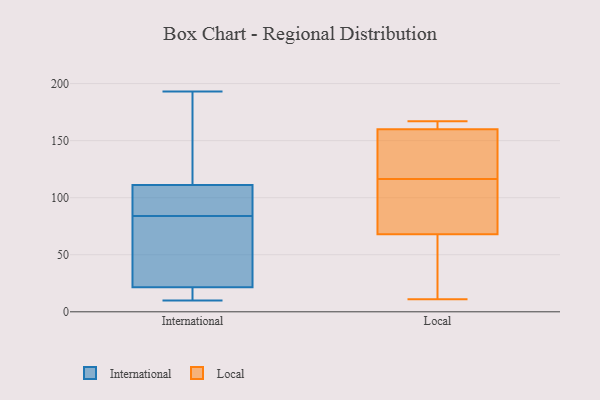
{"axis": {"x": "Page Views", "y": "Value"}, "legend": ["International", "Local"], "data": [{"x": "", "y": 85, "type": "International"}, {"x": "", "y": 23, "type": "International"}, {"x": "", "y": 81, "type": "International"}, {"x": "", "y": 10, "type": "International"}, {"x": "", "y": 21, "type": "International"}, {"x": "", "y": 117, "type": "International"}, {"x": "", "y": 84, "type": "International"}, {"x": "", "y": 94, "type": "International"}, {"x": "", "y": 158, "type": "International"}, {"x": "", "y": 14, "type": "International"}, {"x": "", "y": 193, "type": "International"}, {"x": "", "y": 114, "type": "Local"}, {"x": "", "y": 47, "type": "Local"}, {"x": "", "y": 161, "type": "Local"}, {"x": "", "y": 11, "type": "Local"}, {"x": "", "y": 160, "type": "Local"}, {"x": "", "y": 167, "type": "Local"}, {"x": "", "y": 136, "type": "Local"}, {"x": "", "y": 84, "type": "Local"}, {"x": "", "y": 68, "type": "Local"}, {"x": "", "y": 119, "type": "Local"}]}